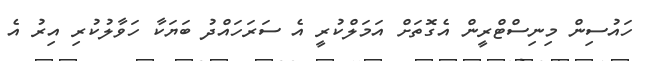
ހައުސިން މިނިސްޓްރީން އެގޮތަށް އަމަލްކުރީ އެ ސަރަހައްދު ބަޔަކާ ހަވާލުކުރި އިރު އެ